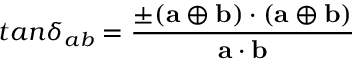
t a n \delta _ { a b } = { \frac { \pm ( { \bf a } \oplus { \bf b } ) \cdot ( { \bf a } \oplus { \bf b } ) } { { \bf a } \cdot { \bf b } } }